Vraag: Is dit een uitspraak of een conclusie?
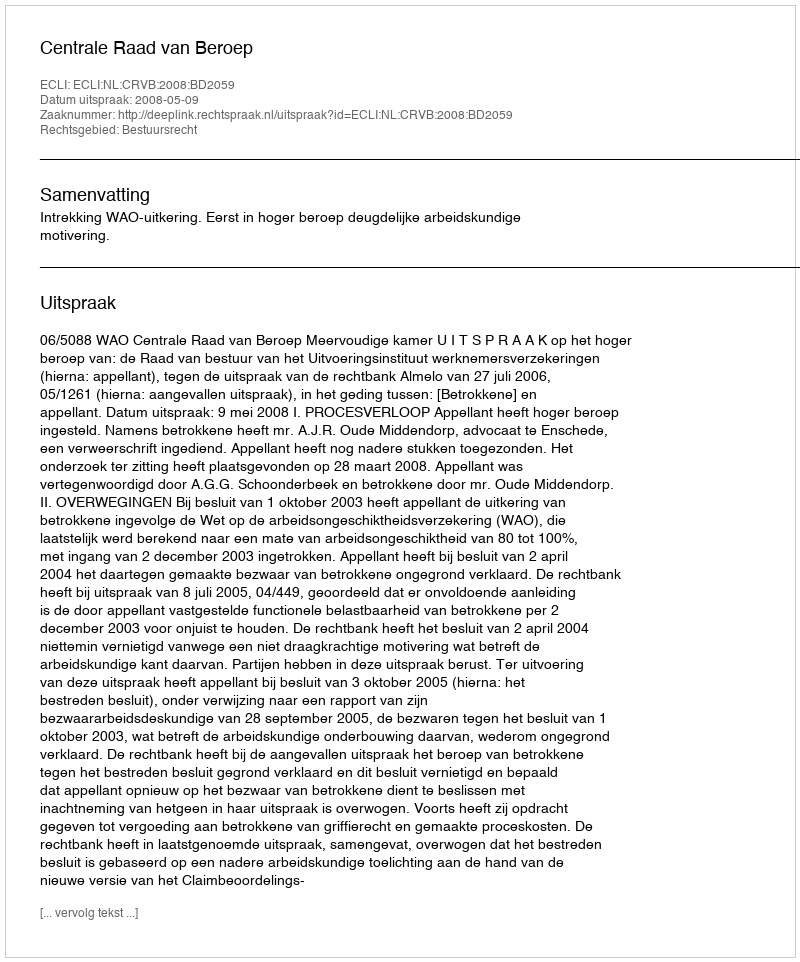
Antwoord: Uitspraak